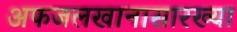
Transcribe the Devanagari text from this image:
अफजलखानासारख्या